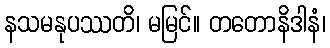
နသမနုပဿတိ၊ မမြင်။ တတောနိဒါနံ၊